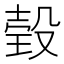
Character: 㲄